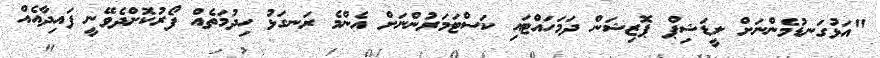
"އަޅުގަނޑުމެންނަށް ލީޑަޝިޕް ޕޮޒިޝަން ދަމަހައްޓައި ކަސްޓަމަރުންނަށް އެންމެ ރަނގަޅު ހިދުމަތެއް ފޯރުކޮށްދެވޭނީ ފައިދާއެއް